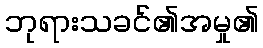
ဘုရားသခင်၏အမှု၏